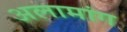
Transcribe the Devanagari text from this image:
अलामांग